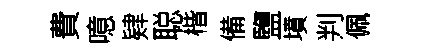
費噫肄聪楷備鹽墳判佩